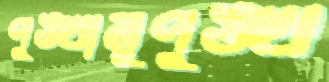
পুঙ্খানুপুঙ্খ